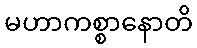
မဟာကစ္စာနောတိ